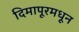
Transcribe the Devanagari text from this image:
दिमापूरमधून